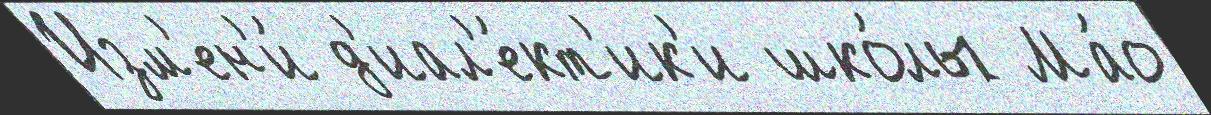
Изм'ен'и́ д'иал'е́кт'ик'и шко́лы Ма́о